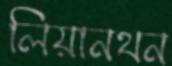
লিয়ানথন